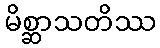
မိစ္ဆာသတိဿ